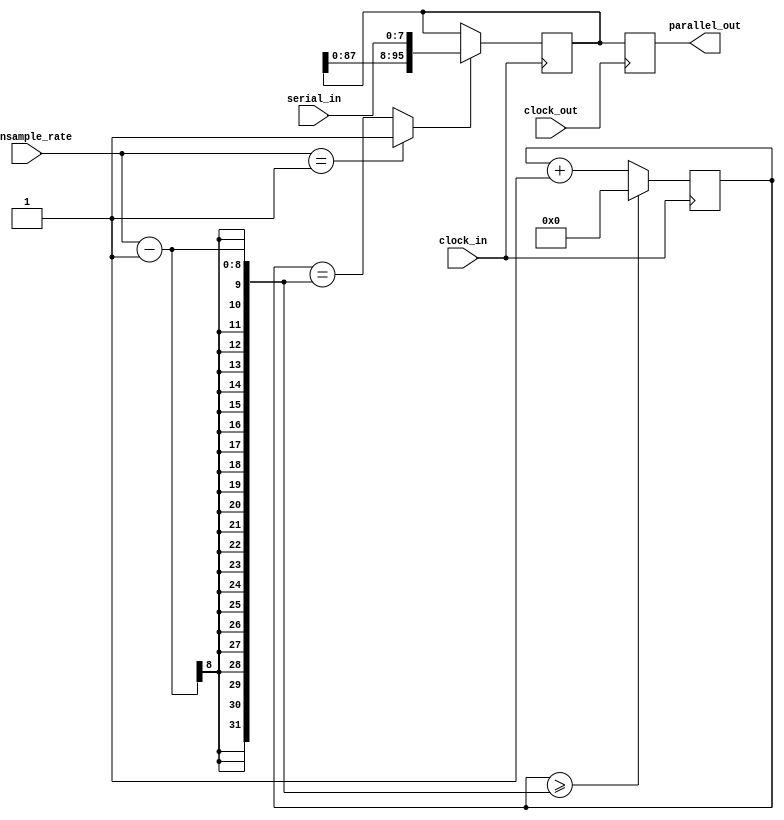
module multibit_serial_to_parallel_with_clk_convert_and_downsampling
#(
  parameter width=8,
  parameter SIZE = 12,
  parameter downsample_counter_width = 8
  )
(
parallel_out, 
serial_in, 
clock_in,
clock_out,
downsample_rate
);
 
   output [SIZE*width-1:0]    parallel_out;
   input       [width-1:0]         serial_in;
   input                      clock_in;
   input						clock_out;
   input  [downsample_counter_width-1:0]  downsample_rate;
 
   reg [SIZE*width-1:0] parallel_out=0, parallel_out_raw=0;
     wire shift_enable;
	 
	 
    reg [downsample_counter_width-1:0] downsample_counter = 0;
    always @(posedge clock_in)
    begin
     	if  (downsample_counter >= downsample_rate-1)
	    	downsample_counter <= 0;
	    else
		    downsample_counter <= downsample_counter + 1;
     end

	 assign shift_enable = (downsample_rate == 1) ? 1'b1 : (downsample_counter == (downsample_rate-1)); //enable shift only when downsampling
  	 
     always @(posedge clock_in) 
	 begin
        if (shift_enable)
         parallel_out_raw <= {parallel_out_raw[SIZE*width-width-1:0],serial_in};
     end
 
     always @(posedge clock_out)
	   parallel_out <= parallel_out_raw;
		
endmodule